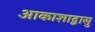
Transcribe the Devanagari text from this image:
आकाशाद्वासु